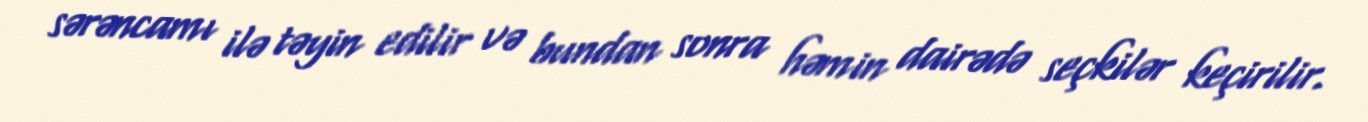
sərəncamı ilə təyin edilir və bundan sonra həmin dairədə seçkilər keçirilir.